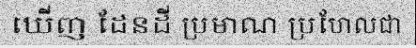
ឃើញ ដែនដី ប្រមាណ ប្រហែលជា